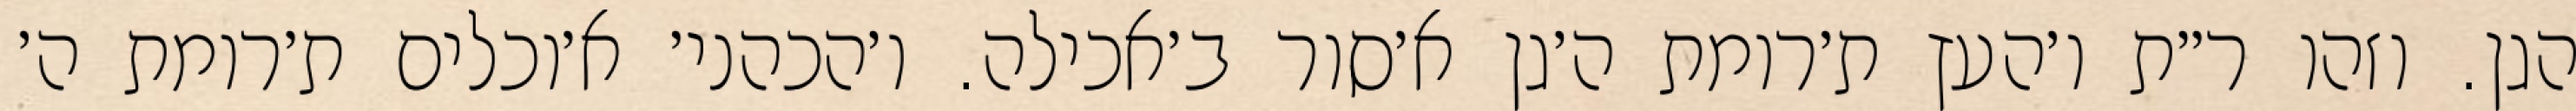
הגן. וזהו ר״ת ו׳העץ ת׳רומת ה׳גן א׳סור ב׳אכילה. ו׳הכהני׳ א׳וכלים ת׳רומת ה׳